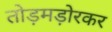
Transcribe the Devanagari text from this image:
तोड़मड़ोरकर